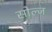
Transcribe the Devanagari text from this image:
सोल्ज